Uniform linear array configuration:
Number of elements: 8
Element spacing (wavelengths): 0.75
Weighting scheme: binomial
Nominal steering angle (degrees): -30
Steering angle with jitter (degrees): -31.12
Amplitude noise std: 0.05
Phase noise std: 0.05

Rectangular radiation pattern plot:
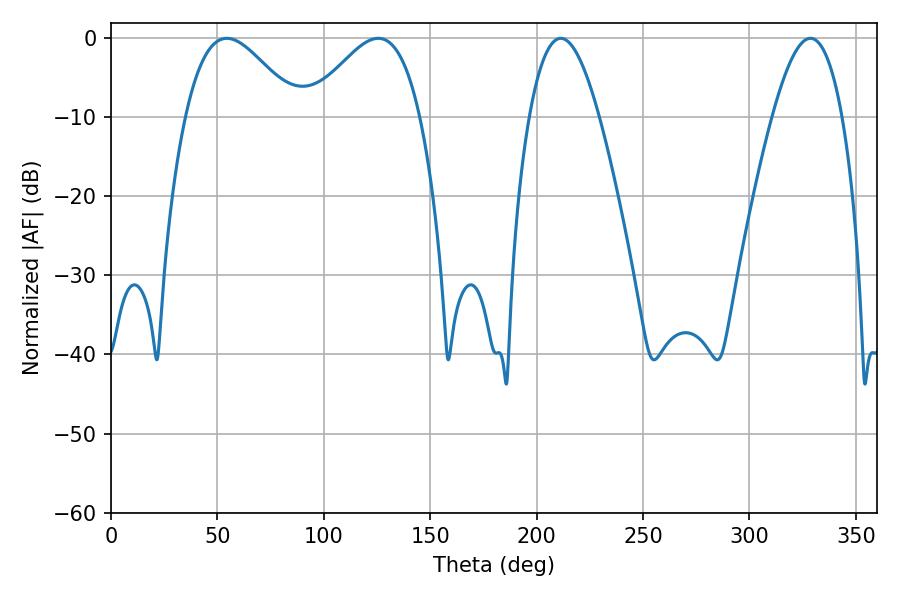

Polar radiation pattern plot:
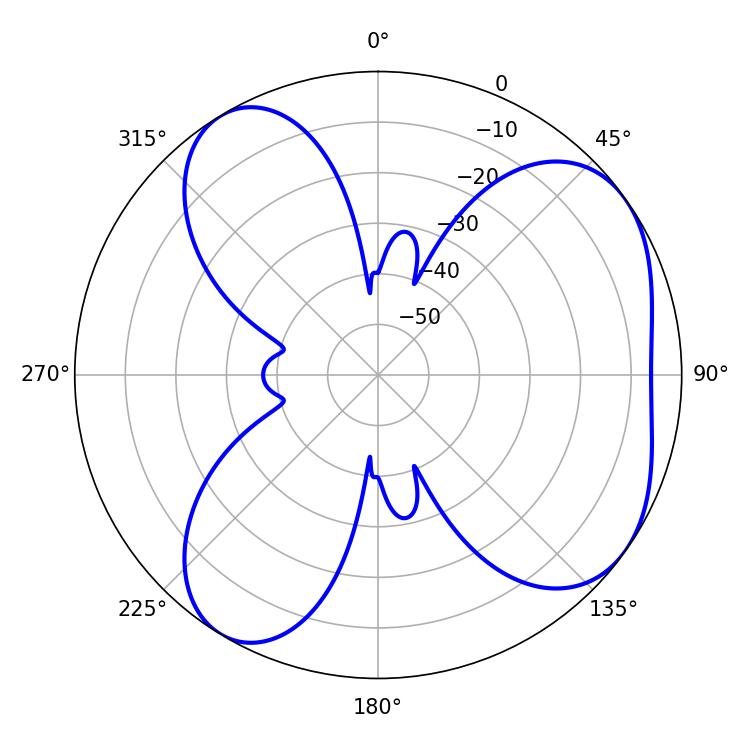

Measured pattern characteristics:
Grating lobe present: TRUE
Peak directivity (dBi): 5.52
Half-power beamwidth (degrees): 17.82
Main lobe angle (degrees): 211.32